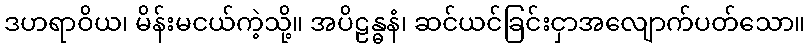
ဒဟရာဝိယ၊ မိန်းမငယ်ကဲ့သို့။ အပိဠန္ဓနံ၊ ဆင်ယင်ခြင်းငှာအလျောက်ပတ်သော။